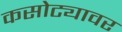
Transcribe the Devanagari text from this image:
कसोट्यावर